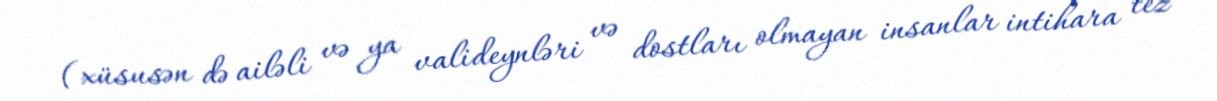
(xüsusən də ailəli və ya valideynləri və dostları olmayan insanlar intihara tez